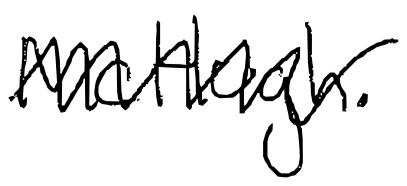
Text: McHugh.
Cross-out: zig-zag
Writing tool: digital_black